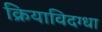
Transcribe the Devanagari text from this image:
क्रियाविदग्धा